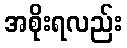
အစိုးရလည်း